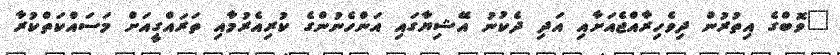
"ވޮބްގެ އިތުރުން ދިވެހިރާއްޖެއަށާއި އަދި ދެކުނު އޭޝިޔާގައި އަންހެނުންގެ ކުރިއެރުމާއި ތަރައްގީއަށް މަސައްކަތްކުރާ